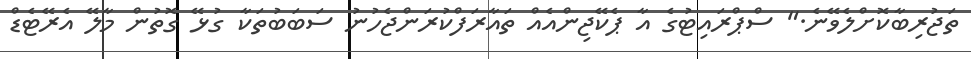
ތަޖުރިބާކޮށްލެވޭނެ." ސްޕްރައިޓުގެ އާ ޕެކޭޖިންއެއް ތައާރަފްކުރަންޖެހުނު ސަބަބުތަކާ ގުޅޭ ގޮތުން މާލޭ އެރޭޓެޑް